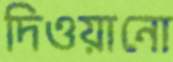
দিওয়ানো